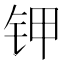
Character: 钾